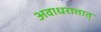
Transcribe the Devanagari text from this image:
अवाधरात्तात्